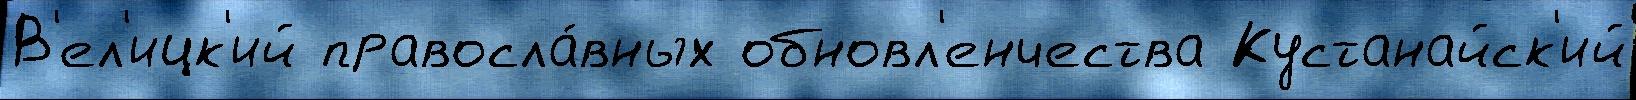
В'ел'ицк'ий правосла́вных обновл'енчества Кустанайск'ий